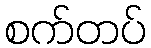
စက်တပ်